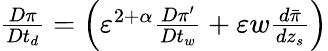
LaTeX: \begin{array}{r}{{\frac{D\pi}{Dt_{d}}}=\left({\varepsilon}^{2+\alpha}{\frac{D\pi^{\prime}}{Dt_{w}}}+{\varepsilon}w{\frac{d\bar{\pi}}{dz_{s}}}\right)}\end{array}